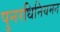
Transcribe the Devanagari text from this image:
पुनरधिनियमन